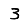
Digit: 3